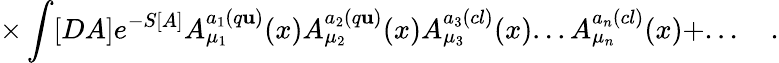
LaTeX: \times\int[DA]e^{-S[A]}A_{\mu_{1}}^{a_{1}(q\mathbf{u})}(x)A_{\mu_{2}}^{a_{2}(q\mathbf{u})}(x)A_{\mu_{3}}^{a_{3}(cl)}(x)...A_{\mu_{n}}^{a_{n}(cl)}(x)+...\quad.